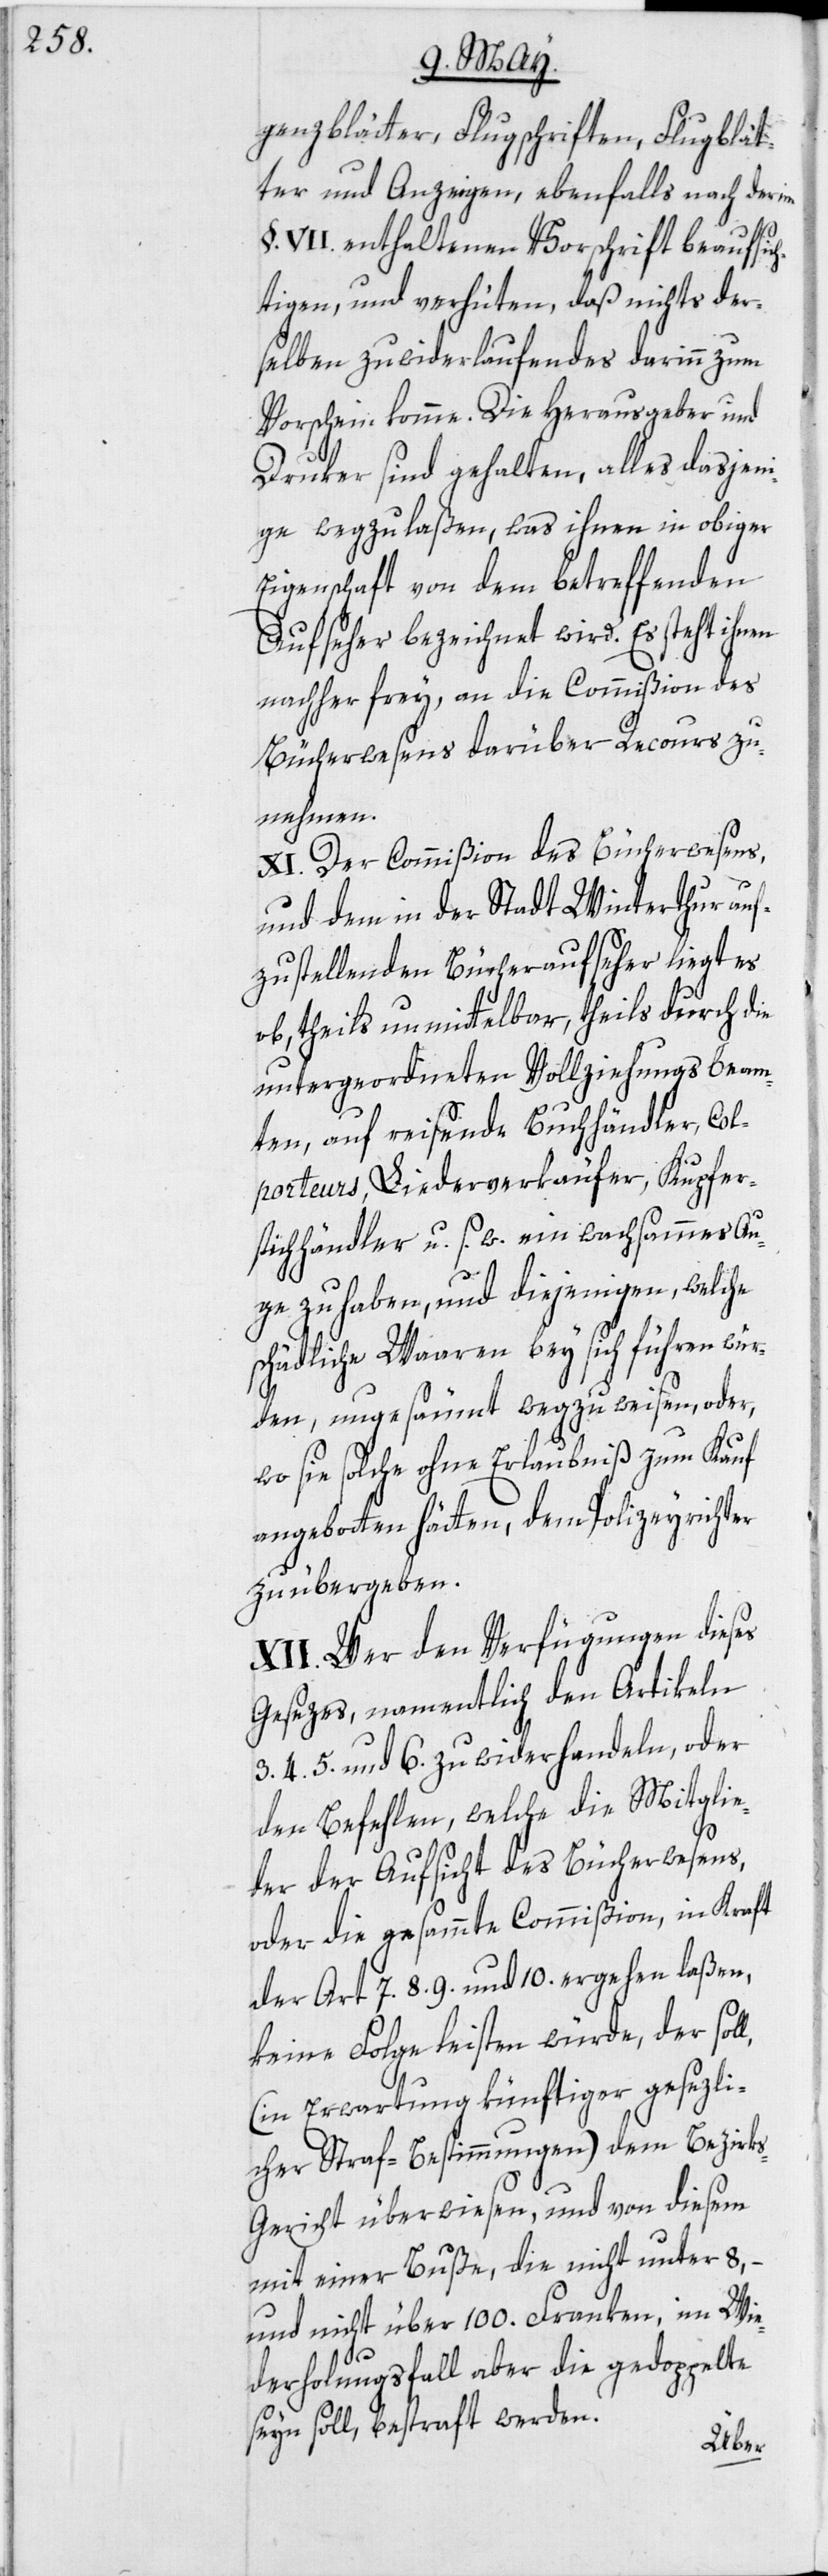
l,

genzblätter, Flugschriften, Flugblät¬
ter und Anzeigen, ebenfalls nach der im
§. VII. enthaltenen Vorschrift beaufsich¬
tigen, und verhüten, daß nichts der¬
selben zuwiderlaufendes darinn zum
Vorschein komme. Die Herausgeber und
Druker sind gehalten, alles dasjeni¬
ge wegzulaßen, was ihnen in obiger
Eigenschaft von dem betreffenden
Aufseher bezeichnet wird. Es steht ihnen
nachher frey, an die Commißion des
Bücherwesens darüber Recours zu
nehmen.
XI. Der Commißion des Bücherwesens,
und dem in der Stadt Winterthur auf¬
zustellenden Bücheraufseher liegt es
ob, theils unmittelbar, theils durch die
untergeordneten Vollziehungsbeam¬
ten, auf reisende Buchhändler, Col¬
porteurs, Liederverkäufer, Kupfer¬
stichhändler u. s. w. ein wachsammes Au¬
ge zu haben, und diejenigen, welche
schädliche Waaren bey sich führen wür¬
den, ungesäumt wegzuweisen, oder,
wo sie solche ohne Erlaubniß zum Kauf
angebotten hätten, dem Polizeyrichter
zu übergeben.
XII. Wer den Verfügungen dieses
Gesezes, namentlich den Artikeln
3. 4. 5. und 6. zuwiderhandeln, oder
den Befehlen, welche die Mitglie¬
der der Aufsicht des Bücherwesens,
oder die gesammte Commißion, in Kraft
der Art. 7. 8. 9. und 10. ergehen laßen,
keine Folge leisten würde, der sol¬
(in Erwartung künftiger gesezli¬
cher Straf-Bestimmungen) dem Bezirk¬
s-Gericht überwiesen, und von diesem
mit einer Buße, die nicht unter 8, –
und nicht über 100. Franken, im Wie¬
derholungsfall aber die gedoppelte
seyn soll, bestraft werden.